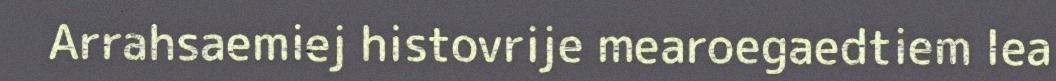
Arrahsaemiej histovrije mearoegaedtiem lea